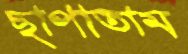
ছাপাতাম